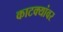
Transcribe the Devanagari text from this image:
काटक्यांवर